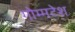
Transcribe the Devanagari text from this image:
गोम्मटेश